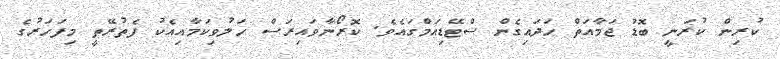
ކުރިން ކުރަނީ ބޮޑު ޖަމާއަތް ހަދައިގެން ސްޓޭޑިއަމްގައެވެ. ކޮރޯނާވައިރަސް ހަލުވިކަމާއިއެކު ފެތުރޭތީ މިފަހަރުގެ